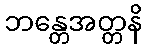
ဘန္တေအတ္တနိ